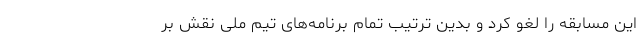
این مسابقه را لغو کرد و بدین ترتیب تمام برنامه‌های تیم ملی نقش بر